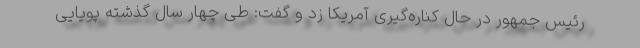
رئیس جمهور در حال کناره‌گیری آمریکا زد و گفت: طی چهار سال گذشته پویایی